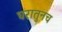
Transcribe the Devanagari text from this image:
घरातुनच